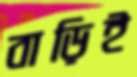
বাড়িই